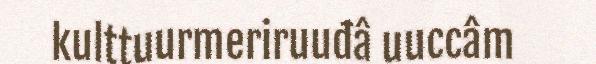
kulttuurmeriruuđâ uuccâm